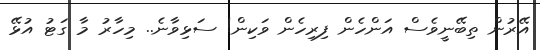
އޭރުން ތިބޭނީވެސް އަންހެން ފިރިހެން ވަކިން! ސަޅިވާނެ.. މިހާރު މާ ގަޓު އުޅޭ